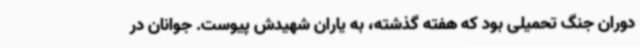
دوران جنگ تحمیلی بود که هفته گذشته، به یاران شهیدش پیوست. جوانان در